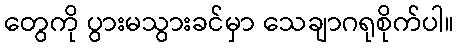
တွေကို ပွားမသွားခင်မှာ သေချာဂရုစိုက်ပါ။